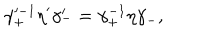
LaTeX: \gamma _ { + } ^ { \prime - 1 } \eta ^ { \prime } \gamma _ { - } ^ { \prime } = \gamma _ { + } ^ { - 1 } \eta \gamma _ { - } ,